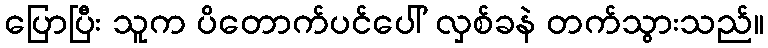
ပြောပြီး သူက ပိတောက်ပင်ပေါ် လှစ်ခနဲ တက်သွားသည်။